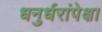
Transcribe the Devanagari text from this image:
धनुर्धरांपेक्षा